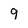
Character: 9